Annual report of the Punjab Veterinary College and of the Civil Veterinary Department, Punjab - 1894-1908
Year: 1894
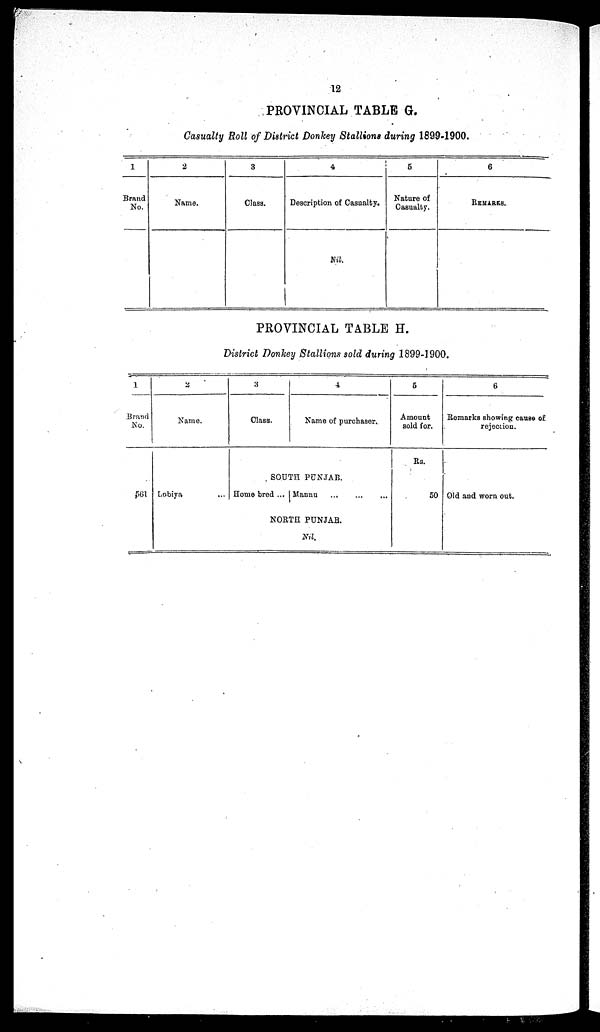
12
PROVINCIAL TABLE G.
Casualty Roll of District Donkey Stallions during 1899-1900.
1
Brand
No.
2
Name.
3
Class.
4
Description of Casualty.
Nil.
5
Nature of
Casualty.
6
REMARKS.
PROVINCIAL TABLE H.
District Donkey Stallions sold during 1899-1900.
1
Brand
No.
561
2
Name.
Lobiya ...
3
Class.
4
Name of purchaser.
SOUTH PUNJAB.
Homo bred ... Mannu ... ... ...
NORTH PUNJAB.
Nil.
5
Amount
sold for.
Rs.
50
6
Remarks showing cause of
rejection.
Old and worn out.